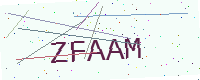
Text: ZFAAM